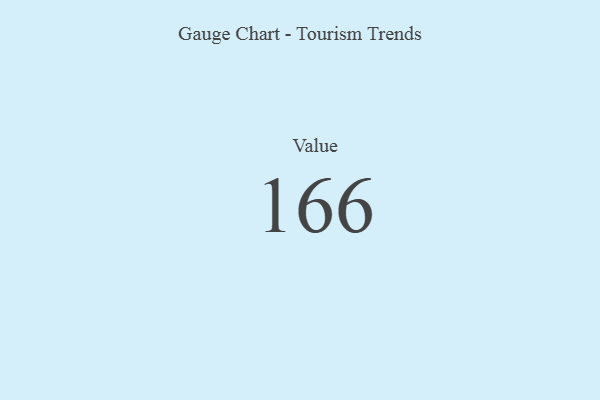
{"axis": {"x": "Metric", "y": "Value"}, "legend": [""], "data": [{"x": "Value", "y": 166, "type": ""}]}